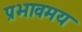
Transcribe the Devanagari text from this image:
प्रभावमय